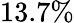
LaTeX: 13.7\%